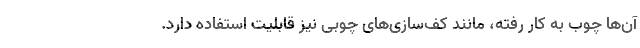
آن‌ها چوب به کار رفته، مانند کف‌سازی‌های چوبی نیز قابلیت استفاده دارد.